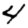
Digit: 4